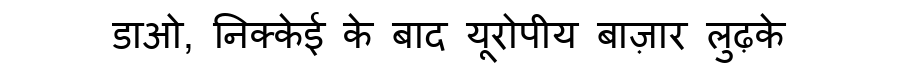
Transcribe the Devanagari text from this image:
डाओ, निक्केई के बाद यूरोपीय बाज़ार लुढ़के